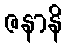
ဇနာနိ